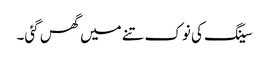
سینگ کی نوک تنے میں گھس گئی۔